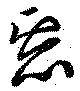
悪